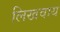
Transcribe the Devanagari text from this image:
लिखवाय